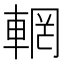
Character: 輞